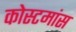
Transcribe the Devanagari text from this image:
कोस्टमांस